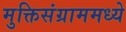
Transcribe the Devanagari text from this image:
मुक्तिसंग्राममध्ये